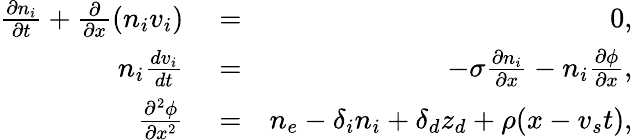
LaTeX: \begin{array}{rlr}{\frac{\partial n_{i}}{\partial t}+\frac{\partial}{\partial x}(n_{i}v_{i})}&{{}=}&{0,}\\ {n_{i}\frac{dv_{i}}{dt}}&{{}=}&{-\sigma\frac{\partial n_{i}}{\partial x}-n_{i}\frac{\partial\phi}{\partial x},}\\ {\frac{\partial^{2}\phi}{\partial x^{2}}}&{{}=}&{n_{e}-\delta_{i}n_{i}+\delta_{d}z_{d}+\rho(x-v_{s}t),}\end{array}